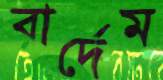
বার্দেম